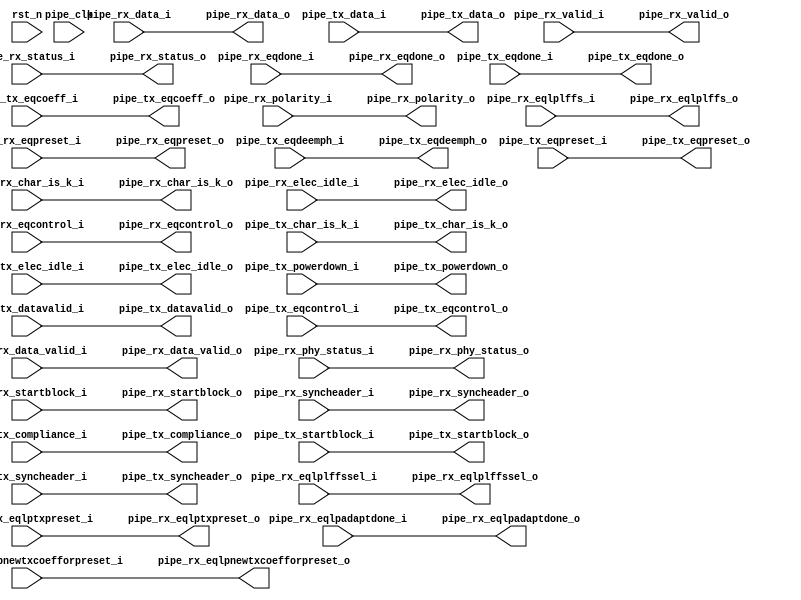
//-----------------------------------------------------------------------------
//
// (c) Copyright 2012-2012 Xilinx, Inc. All rights reserved.
//
// This file contains confidential and proprietary information
// of Xilinx, Inc. and is protected under U.S. and
// international copyright and other intellectual property
// laws.
//
// DISCLAIMER
// This disclaimer is not a license and does not grant any
// rights to the materials distributed herewith. Except as
// otherwise provided in a valid license issued to you by
// Xilinx, and to the maximum extent permitted by applicable
// law: (1) THESE MATERIALS ARE MADE AVAILABLE "AS IS" AND
// WITH ALL FAULTS, AND XILINX HEREBY DISCLAIMS ALL WARRANTIES
// AND CONDITIONS, EXPRESS, IMPLIED, OR STATUTORY, INCLUDING
// BUT NOT LIMITED TO WARRANTIES OF MERCHANTABILITY, NON-
// INFRINGEMENT, OR FITNESS FOR ANY PARTICULAR PURPOSE; and
// (2) Xilinx shall not be liable (whether in contract or tort,
// including negligence, or under any other theory of
// liability) for any loss or damage of any kind or nature
// related to, arising under or in connection with these
// materials, including for any direct, or any indirect,
// special, incidental, or consequential loss or damage
// (including loss of data, profits, goodwill, or any type of
// loss or damage suffered as a result of any action brought
// by a third party) even if such damage or loss was
// reasonably foreseeable or Xilinx had been advised of the
// possibility of the same.
//
// CRITICAL APPLICATIONS
// Xilinx products are not designed or intended to be fail-
// safe, or for use in any application requiring fail-safe
// performance, such as life-support or safety devices or
// systems, Class III medical devices, nuclear facilities,
// applications related to the deployment of airbags, or any
// other applications that could lead to death, personal
// injury, or severe property or environmental damage
// (individually and collectively, "Critical
// Applications"). Customer assumes the sole risk and
// liability of any use of Xilinx products in Critical
// Applications, subject only to applicable laws and
// regulations governing limitations on product liability.
//
// THIS COPYRIGHT NOTICE AND DISCLAIMER MUST BE RETAINED AS
// PART OF THIS FILE AT ALL TIMES.
//
//-----------------------------------------------------------------------------
//
// Project    : Ultrascale FPGA Gen3 Integrated Block for PCI Express
// Version    : 4.4 
//-----------------------------------------------------------------------------

/////////////////////////////////////////////////////////////////////////////

`timescale 1ps/1ps

(* DowngradeIPIdentifiedWarnings = "yes" *)
module pcie_us_x4_pipe_lane 
 #(
  parameter TCQ = 100,
  parameter PIPE_PIPELINE_STAGES = 0
  ) (
  output wire   [1:0] pipe_rx_char_is_k_o,
  output wire  [31:0] pipe_rx_data_o,
  output wire         pipe_rx_valid_o,
  output wire         pipe_rx_data_valid_o,
  output wire   [2:0] pipe_rx_status_o,
  output wire         pipe_rx_phy_status_o,
  output wire         pipe_rx_elec_idle_o,
  output wire         pipe_rx_eqdone_o,
  output wire         pipe_rx_eqlpadaptdone_o,
  output wire         pipe_rx_eqlplffssel_o,
  output wire  [17:0] pipe_rx_eqlpnewtxcoefforpreset_o,
  output wire         pipe_rx_startblock_o,
  output wire   [1:0] pipe_rx_syncheader_o,
  input  wire         pipe_rx_polarity_i,
  input  wire   [1:0] pipe_rx_eqcontrol_i,
  input  wire   [5:0] pipe_rx_eqlplffs_i,
  input  wire   [3:0] pipe_rx_eqlptxpreset_i,
  input  wire   [2:0] pipe_rx_eqpreset_i,
  output wire  [17:0] pipe_tx_eqcoeff_o,
  output wire         pipe_tx_eqdone_o,
  input  wire         pipe_tx_compliance_i,
  input  wire   [1:0] pipe_tx_char_is_k_i,
  input  wire  [31:0] pipe_tx_data_i,
  input  wire         pipe_tx_elec_idle_i,
  input  wire   [1:0] pipe_tx_powerdown_i,
  input  wire         pipe_tx_datavalid_i,
  input  wire         pipe_tx_startblock_i,
  input  wire   [1:0] pipe_tx_syncheader_i,
  input  wire   [1:0] pipe_tx_eqcontrol_i,
  input  wire   [5:0] pipe_tx_eqdeemph_i,
  input  wire   [3:0] pipe_tx_eqpreset_i,
  input  wire   [1:0] pipe_rx_char_is_k_i,
  input  wire  [31:0] pipe_rx_data_i,
  input  wire         pipe_rx_valid_i,
  input  wire         pipe_rx_data_valid_i,
  input  wire   [2:0] pipe_rx_status_i,
  input  wire         pipe_rx_phy_status_i,
  input  wire         pipe_rx_elec_idle_i,
  input  wire         pipe_rx_eqdone_i,
  input  wire         pipe_rx_eqlpadaptdone_i,
  input  wire         pipe_rx_eqlplffssel_i,
  input  wire  [17:0] pipe_rx_eqlpnewtxcoefforpreset_i,
  input  wire         pipe_rx_startblock_i,
  input  wire   [1:0] pipe_rx_syncheader_i,
  output wire         pipe_rx_polarity_o,
  output wire   [1:0] pipe_rx_eqcontrol_o,
  output wire   [5:0] pipe_rx_eqlplffs_o,
  output wire   [3:0] pipe_rx_eqlptxpreset_o,
  output wire   [2:0] pipe_rx_eqpreset_o,
  input  wire  [17:0] pipe_tx_eqcoeff_i,
  input  wire         pipe_tx_eqdone_i,
  output wire         pipe_tx_compliance_o,
  output wire   [1:0] pipe_tx_char_is_k_o,
  output wire  [31:0] pipe_tx_data_o,
  output wire         pipe_tx_elec_idle_o,
  output wire   [1:0] pipe_tx_powerdown_o,
  output wire         pipe_tx_datavalid_o,
  output wire         pipe_tx_startblock_o,
  output wire   [1:0] pipe_tx_syncheader_o,
  output wire   [1:0] pipe_tx_eqcontrol_o,
  output wire   [5:0] pipe_tx_eqdeemph_o,
  output wire   [3:0] pipe_tx_eqpreset_o,
  input  wire         pipe_clk,
  input  wire         rst_n
  );

  reg           [1:0] pipe_rx_char_is_k_q;
  reg          [31:0] pipe_rx_data_q;
  reg                 pipe_rx_valid_q;
  reg                 pipe_rx_data_valid_q;
  reg           [2:0] pipe_rx_status_q;
  reg                 pipe_rx_phy_status_q;
  reg                 pipe_rx_elec_idle_q;
  reg                 pipe_rx_eqdone_q;
  reg                 pipe_rx_eqlpadaptdone_q;
  reg                 pipe_rx_eqlplffssel_q;
  reg          [17:0] pipe_rx_eqlpnewtxcoefforpreset_q;
  reg                 pipe_rx_startblock_q;
  reg           [1:0] pipe_rx_syncheader_q;
  reg                 pipe_rx_polarity_q;
  reg           [1:0] pipe_rx_eqcontrol_q;
  reg           [5:0] pipe_rx_eqlplffs_q;
  reg           [3:0] pipe_rx_eqlptxpreset_q;
  reg           [2:0] pipe_rx_eqpreset_q;
  reg          [17:0] pipe_tx_eqcoeff_q;
  reg                 pipe_tx_eqdone_q;
  reg                 pipe_tx_compliance_q;
  reg           [1:0] pipe_tx_char_is_k_q;
  reg          [31:0] pipe_tx_data_q;
  reg                 pipe_tx_elec_idle_q;
  reg           [1:0] pipe_tx_powerdown_q;
  reg                 pipe_tx_datavalid_q;
  reg                 pipe_tx_startblock_q;
  reg           [1:0] pipe_tx_syncheader_q;
  reg           [1:0] pipe_tx_eqcontrol_q;
  reg           [5:0] pipe_tx_eqdeemph_q;
  reg           [3:0] pipe_tx_eqpreset_q;
  reg           [1:0] pipe_rx_char_is_k_qq;
  reg          [31:0] pipe_rx_data_qq;
  reg                 pipe_rx_valid_qq;
  reg                 pipe_rx_data_valid_qq;
  reg           [2:0] pipe_rx_status_qq;
  reg                 pipe_rx_phy_status_qq;
  reg                 pipe_rx_elec_idle_qq;
  reg                 pipe_rx_eqdone_qq;
  reg                 pipe_rx_eqlpadaptdone_qq;
  reg                 pipe_rx_eqlplffssel_qq;
  reg          [17:0] pipe_rx_eqlpnewtxcoefforpreset_qq;
  reg                 pipe_rx_startblock_qq;
  reg           [1:0] pipe_rx_syncheader_qq;
  reg                 pipe_rx_polarity_qq;
  reg           [1:0] pipe_rx_eqcontrol_qq;
  reg           [5:0] pipe_rx_eqlplffs_qq;
  reg           [3:0] pipe_rx_eqlptxpreset_qq;
  reg           [2:0] pipe_rx_eqpreset_qq;
  reg          [17:0] pipe_tx_eqcoeff_qq;
  reg                 pipe_tx_eqdone_qq;
  reg                 pipe_tx_compliance_qq;
  reg           [1:0] pipe_tx_char_is_k_qq;
  reg          [31:0] pipe_tx_data_qq;
  reg                 pipe_tx_elec_idle_qq;
  reg           [1:0] pipe_tx_powerdown_qq;
  reg                 pipe_tx_datavalid_qq;
  reg                 pipe_tx_startblock_qq;
  reg           [1:0] pipe_tx_syncheader_qq;
  reg           [1:0] pipe_tx_eqcontrol_qq;
  reg           [5:0] pipe_tx_eqdeemph_qq;
  reg           [3:0] pipe_tx_eqpreset_qq;

  generate
    if (PIPE_PIPELINE_STAGES == 0)
    begin : pipe_stages_0
      assign pipe_rx_char_is_k_o = pipe_rx_char_is_k_i;
      assign pipe_rx_data_o = pipe_rx_data_i;
      assign pipe_rx_valid_o = pipe_rx_valid_i;
      assign pipe_rx_data_valid_o = pipe_rx_data_valid_i;
      assign pipe_rx_status_o = pipe_rx_status_i;
      assign pipe_rx_phy_status_o = pipe_rx_phy_status_i;
      assign pipe_rx_elec_idle_o = pipe_rx_elec_idle_i;
      assign pipe_rx_eqdone_o = pipe_rx_eqdone_i;
      assign pipe_rx_eqlpadaptdone_o = pipe_rx_eqlpadaptdone_i;
      assign pipe_rx_eqlplffssel_o = pipe_rx_eqlplffssel_i;
      assign pipe_rx_eqlpnewtxcoefforpreset_o = pipe_rx_eqlpnewtxcoefforpreset_i;
      assign pipe_rx_startblock_o = pipe_rx_startblock_i;
      assign pipe_rx_syncheader_o = pipe_rx_syncheader_i;
      assign pipe_rx_polarity_o = pipe_rx_polarity_i;
      assign pipe_rx_eqcontrol_o = pipe_rx_eqcontrol_i;
      assign pipe_rx_eqlplffs_o = pipe_rx_eqlplffs_i;
      assign pipe_rx_eqlptxpreset_o = pipe_rx_eqlptxpreset_i;
      assign pipe_rx_eqpreset_o = pipe_rx_eqpreset_i;
      assign pipe_tx_eqcoeff_o = pipe_tx_eqcoeff_i;
      assign pipe_tx_eqdone_o = pipe_tx_eqdone_i;
      assign pipe_tx_compliance_o = pipe_tx_compliance_i;
      assign pipe_tx_char_is_k_o = pipe_tx_char_is_k_i;
      assign pipe_tx_data_o = pipe_tx_data_i;
      assign pipe_tx_elec_idle_o = pipe_tx_elec_idle_i;
      assign pipe_tx_powerdown_o = pipe_tx_powerdown_i;
      assign pipe_tx_datavalid_o = pipe_tx_datavalid_i;
      assign pipe_tx_startblock_o = pipe_tx_startblock_i;
      assign pipe_tx_syncheader_o = pipe_tx_syncheader_i;
      assign pipe_tx_eqcontrol_o = pipe_tx_eqcontrol_i;
      assign pipe_tx_eqdeemph_o = pipe_tx_eqdeemph_i;
      assign pipe_tx_eqpreset_o = pipe_tx_eqpreset_i;
    end
    else if (PIPE_PIPELINE_STAGES == 1)
    begin : pipe_stages_1
      always @(posedge pipe_clk)
      begin
        if (!rst_n)
        begin
          pipe_rx_char_is_k_q <= #TCQ 2'b00;
          pipe_rx_data_q <= #TCQ 32'h00000000;
          pipe_rx_valid_q <= #TCQ 1'b0;
          pipe_rx_data_valid_q <= #TCQ 1'b0;
          pipe_rx_status_q <= #TCQ 2'b00;
          pipe_rx_phy_status_q <= #TCQ 1'b0;
          pipe_rx_elec_idle_q <= #TCQ 1'b1;
          pipe_rx_eqdone_q <= #TCQ 1'b0;
          pipe_rx_eqlpadaptdone_q <= #TCQ 1'b0;
          pipe_rx_eqlplffssel_q <= #TCQ 1'b0;
          pipe_rx_eqlpnewtxcoefforpreset_q <= #TCQ 17'b00000000000000000;
          pipe_rx_startblock_q <= #TCQ 1'b0;
          pipe_rx_syncheader_q <= #TCQ 2'b00;
          pipe_rx_polarity_q <= #TCQ 17'b00000000000000000;
          pipe_rx_eqcontrol_q <= #TCQ 1'b0;
          pipe_rx_eqlplffs_q <= #TCQ 1'b0;
          pipe_rx_eqlptxpreset_q <= #TCQ 2'b00;
          pipe_rx_eqpreset_q <= #TCQ 6'b000000;
          pipe_tx_eqcoeff_q <= #TCQ 4'h0;
          pipe_tx_eqdone_q <= #TCQ 3'b000;
          pipe_tx_compliance_q <= #TCQ 1'b0;
          pipe_tx_char_is_k_q <= #TCQ 2'b00;
          pipe_tx_data_q <= #TCQ 32'h00000000;
          pipe_tx_elec_idle_q <= #TCQ 1'b1;
          pipe_tx_powerdown_q <= #TCQ 2'b00;
          pipe_tx_datavalid_q <= #TCQ 1'b0;
          pipe_tx_startblock_q <= #TCQ 1'b0;
          pipe_tx_syncheader_q <= #TCQ 2'b00;
          pipe_tx_eqcontrol_q <= #TCQ 2'b00;
          pipe_tx_eqdeemph_q <= #TCQ 6'b000000;
          pipe_tx_eqpreset_q <= #TCQ 4'h0;
        end
        else
        begin
          pipe_rx_char_is_k_q <= #TCQ pipe_rx_char_is_k_i;
          pipe_rx_data_q <= #TCQ pipe_rx_data_i;
          pipe_rx_valid_q <= #TCQ pipe_rx_valid_i;
          pipe_rx_data_valid_q <= #TCQ pipe_rx_data_valid_i;
          pipe_rx_status_q <= #TCQ pipe_rx_status_i;
          pipe_rx_phy_status_q <= #TCQ pipe_rx_phy_status_i;
          pipe_rx_elec_idle_q <= #TCQ pipe_rx_elec_idle_i;
          pipe_rx_eqdone_q <= #TCQ pipe_rx_eqdone_i;
          pipe_rx_eqlpadaptdone_q <= #TCQ pipe_rx_eqlpadaptdone_i;
          pipe_rx_eqlplffssel_q <= #TCQ pipe_rx_eqlplffssel_i;
          pipe_rx_eqlpnewtxcoefforpreset_q <= #TCQ pipe_rx_eqlpnewtxcoefforpreset_i;
          pipe_rx_startblock_q <= #TCQ pipe_rx_startblock_i;
          pipe_rx_syncheader_q <= #TCQ pipe_rx_syncheader_i;
          pipe_rx_polarity_q <= #TCQ pipe_rx_polarity_i;
          pipe_rx_eqcontrol_q <= #TCQ pipe_rx_eqcontrol_i;
          pipe_rx_eqlplffs_q <= #TCQ pipe_rx_eqlplffs_i;
          pipe_rx_eqlptxpreset_q <= #TCQ pipe_rx_eqlptxpreset_i;
          pipe_rx_eqpreset_q <= #TCQ pipe_rx_eqpreset_i;
          pipe_tx_eqcoeff_q <= #TCQ pipe_tx_eqcoeff_i;
          pipe_tx_eqdone_q <= #TCQ pipe_tx_eqdone_i;
          pipe_tx_compliance_q <= #TCQ pipe_tx_compliance_i;
          pipe_tx_char_is_k_q <= #TCQ pipe_tx_char_is_k_i;
          pipe_tx_data_q <= #TCQ pipe_tx_data_i;
          pipe_tx_elec_idle_q <= #TCQ pipe_tx_elec_idle_i;
          pipe_tx_powerdown_q <= #TCQ pipe_tx_powerdown_i;
          pipe_tx_datavalid_q <= #TCQ pipe_tx_datavalid_i;
          pipe_tx_startblock_q <= #TCQ pipe_tx_startblock_i;
          pipe_tx_syncheader_q <= #TCQ pipe_tx_syncheader_i;
          pipe_tx_eqcontrol_q <= #TCQ pipe_tx_eqcontrol_i;
          pipe_tx_eqdeemph_q <= #TCQ pipe_tx_eqdeemph_i;
          pipe_tx_eqpreset_q <= #TCQ pipe_tx_eqpreset_i;
        end
      end
      assign pipe_rx_char_is_k_o = pipe_rx_char_is_k_q;
      assign pipe_rx_data_o = pipe_rx_data_q;
      assign pipe_rx_valid_o = pipe_rx_valid_q;
      assign pipe_rx_data_valid_o = pipe_rx_data_valid_q;
      assign pipe_rx_status_o = pipe_rx_status_q;
      assign pipe_rx_phy_status_o = pipe_rx_phy_status_q;
      assign pipe_rx_elec_idle_o = pipe_rx_elec_idle_q;
      assign pipe_rx_eqdone_o = pipe_rx_eqdone_q;
      assign pipe_rx_eqlpadaptdone_o = pipe_rx_eqlpadaptdone_q;
      assign pipe_rx_eqlplffssel_o = pipe_rx_eqlplffssel_q;
      assign pipe_rx_eqlpnewtxcoefforpreset_o = pipe_rx_eqlpnewtxcoefforpreset_q;
      assign pipe_rx_startblock_o = pipe_rx_startblock_q;
      assign pipe_rx_syncheader_o = pipe_rx_syncheader_q;
      assign pipe_rx_polarity_o = pipe_rx_polarity_q;
      assign pipe_rx_eqcontrol_o = pipe_rx_eqcontrol_q;
      assign pipe_rx_eqlplffs_o = pipe_rx_eqlplffs_q;
      assign pipe_rx_eqlptxpreset_o = pipe_rx_eqlptxpreset_q;
      assign pipe_rx_eqpreset_o = pipe_rx_eqpreset_q;
      assign pipe_tx_eqcoeff_o = pipe_tx_eqcoeff_q;
      assign pipe_tx_eqdone_o = pipe_tx_eqdone_q;
      assign pipe_tx_compliance_o = pipe_tx_compliance_q;
      assign pipe_tx_char_is_k_o = pipe_tx_char_is_k_q;
      assign pipe_tx_data_o = pipe_tx_data_q;
      assign pipe_tx_elec_idle_o = pipe_tx_elec_idle_q;
      assign pipe_tx_powerdown_o = pipe_tx_powerdown_q;
      assign pipe_tx_datavalid_o = pipe_tx_datavalid_q;
      assign pipe_tx_startblock_o = pipe_tx_startblock_q;
      assign pipe_tx_syncheader_o = pipe_tx_syncheader_q;
      assign pipe_tx_eqcontrol_o = pipe_tx_eqcontrol_q;
      assign pipe_tx_eqdeemph_o = pipe_tx_eqdeemph_q;
      assign pipe_tx_eqpreset_o = pipe_tx_eqpreset_q;
    end
    else if (PIPE_PIPELINE_STAGES == 2)
    begin : pipe_stages_2
      always @(posedge pipe_clk)
      begin
        if (!rst_n)
        begin
          pipe_rx_char_is_k_q <= #TCQ 2'b00;
          pipe_rx_data_q <= #TCQ 32'h00000000;
          pipe_rx_valid_q <= #TCQ 1'b0;
          pipe_rx_data_valid_q <= #TCQ 1'b0;
          pipe_rx_status_q <= #TCQ 2'b00;
          pipe_rx_phy_status_q <= #TCQ 1'b0;
          pipe_rx_elec_idle_q <= #TCQ 1'b1;
          pipe_rx_eqdone_q <= #TCQ 1'b0;
          pipe_rx_eqlpadaptdone_q <= #TCQ 1'b0;
          pipe_rx_eqlplffssel_q <= #TCQ 1'b0;
          pipe_rx_eqlpnewtxcoefforpreset_q <= #TCQ 17'b00000000000000000;
          pipe_rx_startblock_q <= #TCQ 1'b0;
          pipe_rx_syncheader_q <= #TCQ 2'b00;
          pipe_rx_polarity_q <= #TCQ 17'b00000000000000000;
          pipe_rx_eqcontrol_q <= #TCQ 1'b0;
          pipe_rx_eqlplffs_q <= #TCQ 1'b0;
          pipe_rx_eqlptxpreset_q <= #TCQ 2'b00;
          pipe_rx_eqpreset_q <= #TCQ 6'b000000;
          pipe_tx_eqcoeff_q <= #TCQ 4'h0;
          pipe_tx_eqdone_q <= #TCQ 3'b000;
          pipe_tx_compliance_q <= #TCQ 1'b0;
          pipe_tx_char_is_k_q <= #TCQ 2'b00;
          pipe_tx_data_q <= #TCQ 32'h00000000;
          pipe_tx_elec_idle_q <= #TCQ 1'b1;
          pipe_tx_powerdown_q <= #TCQ 2'b00;
          pipe_tx_datavalid_q <= #TCQ 1'b0;
          pipe_tx_startblock_q <= #TCQ 1'b0;
          pipe_tx_syncheader_q <= #TCQ 2'b00;
          pipe_tx_eqcontrol_q <= #TCQ 2'b00;
          pipe_tx_eqdeemph_q <= #TCQ 6'b000000;
          pipe_tx_eqpreset_q <= #TCQ 4'h0;
          pipe_rx_char_is_k_qq <= #TCQ 2'b00;
          pipe_rx_data_qq <= #TCQ 32'h00000000;
          pipe_rx_valid_qq <= #TCQ 1'b0;
          pipe_rx_data_valid_qq <= #TCQ 1'b0;
          pipe_rx_status_qq <= #TCQ 2'b00;
          pipe_rx_phy_status_qq <= #TCQ 1'b0;
          pipe_rx_elec_idle_qq <= #TCQ 1'b1;
          pipe_rx_eqdone_qq <= #TCQ 1'b0;
          pipe_rx_eqlpadaptdone_qq <= #TCQ 1'b0;
          pipe_rx_eqlplffssel_qq <= #TCQ 1'b0;
          pipe_rx_eqlpnewtxcoefforpreset_qq <= #TCQ 17'b00000000000000000;
          pipe_rx_startblock_qq <= #TCQ 1'b0;
          pipe_rx_syncheader_qq <= #TCQ 2'b00;
          pipe_rx_polarity_qq <= #TCQ 17'b00000000000000000;
          pipe_rx_eqcontrol_qq <= #TCQ 1'b0;
          pipe_rx_eqlplffs_qq <= #TCQ 1'b0;
          pipe_rx_eqlptxpreset_qq <= #TCQ 2'b00;
          pipe_rx_eqpreset_qq <= #TCQ 6'b000000;
          pipe_tx_eqcoeff_qq <= #TCQ 4'h0;
          pipe_tx_eqdone_qq <= #TCQ 3'b000;
          pipe_tx_compliance_qq <= #TCQ 1'b0;
          pipe_tx_char_is_k_qq <= #TCQ 2'b00;
          pipe_tx_data_qq <= #TCQ 32'h00000000;
          pipe_tx_elec_idle_qq <= #TCQ 1'b1;
          pipe_tx_powerdown_qq <= #TCQ 2'b00;
          pipe_tx_datavalid_qq <= #TCQ 1'b0;
          pipe_tx_startblock_qq <= #TCQ 1'b0;
          pipe_tx_syncheader_qq <= #TCQ 2'b00;
          pipe_tx_eqcontrol_qq <= #TCQ 2'b00;
          pipe_tx_eqdeemph_qq <= #TCQ 6'b000000;
          pipe_tx_eqpreset_qq <= #TCQ 4'h0;
        end
        else
        begin
          pipe_rx_char_is_k_q <= #TCQ pipe_rx_char_is_k_i;
          pipe_rx_data_q <= #TCQ pipe_rx_data_i;
          pipe_rx_valid_q <= #TCQ pipe_rx_valid_i;
          pipe_rx_data_valid_q <= #TCQ pipe_rx_data_valid_i;
          pipe_rx_status_q <= #TCQ pipe_rx_status_i;
          pipe_rx_phy_status_q <= #TCQ pipe_rx_phy_status_i;
          pipe_rx_elec_idle_q <= #TCQ pipe_rx_elec_idle_i;
          pipe_rx_eqdone_q <= #TCQ pipe_rx_eqdone_i;
          pipe_rx_eqlpadaptdone_q <= #TCQ pipe_rx_eqlpadaptdone_i;
          pipe_rx_eqlplffssel_q <= #TCQ pipe_rx_eqlplffssel_i;
          pipe_rx_eqlpnewtxcoefforpreset_q <= #TCQ pipe_rx_eqlpnewtxcoefforpreset_i;
          pipe_rx_startblock_q <= #TCQ pipe_rx_startblock_i;
          pipe_rx_syncheader_q <= #TCQ pipe_rx_syncheader_i;
          pipe_rx_polarity_q <= #TCQ pipe_rx_polarity_i;
          pipe_rx_eqcontrol_q <= #TCQ pipe_rx_eqcontrol_i;
          pipe_rx_eqlplffs_q <= #TCQ pipe_rx_eqlplffs_i;
          pipe_rx_eqlptxpreset_q <= #TCQ pipe_rx_eqlptxpreset_i;
          pipe_rx_eqpreset_q <= #TCQ pipe_rx_eqpreset_i;
          pipe_tx_eqcoeff_q <= #TCQ pipe_tx_eqcoeff_i;
          pipe_tx_eqdone_q <= #TCQ pipe_tx_eqdone_i;
          pipe_tx_compliance_q <= #TCQ pipe_tx_compliance_i;
          pipe_tx_char_is_k_q <= #TCQ pipe_tx_char_is_k_i;
          pipe_tx_data_q <= #TCQ pipe_tx_data_i;
          pipe_tx_elec_idle_q <= #TCQ pipe_tx_elec_idle_i;
          pipe_tx_powerdown_q <= #TCQ pipe_tx_powerdown_i;
          pipe_tx_datavalid_q <= #TCQ pipe_tx_datavalid_i;
          pipe_tx_startblock_q <= #TCQ pipe_tx_startblock_i;
          pipe_tx_syncheader_q <= #TCQ pipe_tx_syncheader_i;
          pipe_tx_eqcontrol_q <= #TCQ pipe_tx_eqcontrol_i;
          pipe_tx_eqdeemph_q <= #TCQ pipe_tx_eqdeemph_i;
          pipe_tx_eqpreset_q <= #TCQ pipe_tx_eqpreset_i;
          pipe_rx_char_is_k_qq <= #TCQ pipe_rx_char_is_k_q;
          pipe_rx_data_qq <= #TCQ pipe_rx_data_q;
          pipe_rx_valid_qq <= #TCQ pipe_rx_valid_q;
          pipe_rx_data_valid_qq <= #TCQ pipe_rx_data_valid_q;
          pipe_rx_status_qq <= #TCQ pipe_rx_status_q;
          pipe_rx_phy_status_qq <= #TCQ pipe_rx_phy_status_q;
          pipe_rx_elec_idle_qq <= #TCQ pipe_rx_elec_idle_q;
          pipe_rx_eqdone_qq <= #TCQ pipe_rx_eqdone_q;
          pipe_rx_eqlpadaptdone_qq <= #TCQ pipe_rx_eqlpadaptdone_q;
          pipe_rx_eqlplffssel_qq <= #TCQ pipe_rx_eqlplffssel_q;
          pipe_rx_eqlpnewtxcoefforpreset_qq <= #TCQ pipe_rx_eqlpnewtxcoefforpreset_q;
          pipe_rx_startblock_qq <= #TCQ pipe_rx_startblock_q;
          pipe_rx_syncheader_qq <= #TCQ pipe_rx_syncheader_q;
          pipe_rx_polarity_qq <= #TCQ pipe_rx_polarity_q;
          pipe_rx_eqcontrol_qq <= #TCQ pipe_rx_eqcontrol_q;
          pipe_rx_eqlplffs_qq <= #TCQ pipe_rx_eqlplffs_q;
          pipe_rx_eqlptxpreset_qq <= #TCQ pipe_rx_eqlptxpreset_q;
          pipe_rx_eqpreset_qq <= #TCQ pipe_rx_eqpreset_q;
          pipe_tx_eqcoeff_qq <= #TCQ pipe_tx_eqcoeff_q;
          pipe_tx_eqdone_qq <= #TCQ pipe_tx_eqdone_q;
          pipe_tx_compliance_qq <= #TCQ pipe_tx_compliance_q;
          pipe_tx_char_is_k_qq <= #TCQ pipe_tx_char_is_k_q;
          pipe_tx_data_qq <= #TCQ pipe_tx_data_q;
          pipe_tx_elec_idle_qq <= #TCQ pipe_tx_elec_idle_q;
          pipe_tx_powerdown_qq <= #TCQ pipe_tx_powerdown_q;
          pipe_tx_datavalid_qq <= #TCQ pipe_tx_datavalid_q;
          pipe_tx_startblock_qq <= #TCQ pipe_tx_startblock_q;
          pipe_tx_syncheader_qq <= #TCQ pipe_tx_syncheader_q;
          pipe_tx_eqcontrol_qq <= #TCQ pipe_tx_eqcontrol_q;
          pipe_tx_eqdeemph_qq <= #TCQ pipe_tx_eqdeemph_q;
          pipe_tx_eqpreset_qq <= #TCQ pipe_tx_eqpreset_q;
        end
      end
      assign pipe_rx_char_is_k_o = pipe_rx_char_is_k_qq;
      assign pipe_rx_data_o = pipe_rx_data_qq;
      assign pipe_rx_valid_o = pipe_rx_valid_qq;
      assign pipe_rx_data_valid_o = pipe_rx_data_valid_qq;
      assign pipe_rx_status_o = pipe_rx_status_qq;
      assign pipe_rx_phy_status_o = pipe_rx_phy_status_qq;
      assign pipe_rx_elec_idle_o = pipe_rx_elec_idle_qq;
      assign pipe_rx_eqdone_o = pipe_rx_eqdone_qq;
      assign pipe_rx_eqlpadaptdone_o = pipe_rx_eqlpadaptdone_qq;
      assign pipe_rx_eqlplffssel_o = pipe_rx_eqlplffssel_qq;
      assign pipe_rx_eqlpnewtxcoefforpreset_o = pipe_rx_eqlpnewtxcoefforpreset_qq;
      assign pipe_rx_startblock_o = pipe_rx_startblock_qq;
      assign pipe_rx_syncheader_o = pipe_rx_syncheader_qq;
      assign pipe_rx_polarity_o = pipe_rx_polarity_qq;
      assign pipe_rx_eqcontrol_o = pipe_rx_eqcontrol_qq;
      assign pipe_rx_eqlplffs_o = pipe_rx_eqlplffs_qq;
      assign pipe_rx_eqlptxpreset_o = pipe_rx_eqlptxpreset_qq;
      assign pipe_rx_eqpreset_o = pipe_rx_eqpreset_qq;
      assign pipe_tx_eqcoeff_o = pipe_tx_eqcoeff_qq;
      assign pipe_tx_eqdone_o = pipe_tx_eqdone_qq;
      assign pipe_tx_compliance_o = pipe_tx_compliance_qq;
      assign pipe_tx_char_is_k_o = pipe_tx_char_is_k_qq;
      assign pipe_tx_data_o = pipe_tx_data_qq;
      assign pipe_tx_elec_idle_o = pipe_tx_elec_idle_qq;
      assign pipe_tx_powerdown_o = pipe_tx_powerdown_qq;
      assign pipe_tx_datavalid_o = pipe_tx_datavalid_qq;
      assign pipe_tx_startblock_o = pipe_tx_startblock_qq;
      assign pipe_tx_syncheader_o = pipe_tx_syncheader_qq;
      assign pipe_tx_eqcontrol_o = pipe_tx_eqcontrol_qq;
      assign pipe_tx_eqdeemph_o = pipe_tx_eqdeemph_qq;
      assign pipe_tx_eqpreset_o = pipe_tx_eqpreset_qq;
    end
    else
    begin
      assign pipe_rx_char_is_k_o = pipe_rx_char_is_k_i;
      assign pipe_rx_data_o = pipe_rx_data_i;
      assign pipe_rx_valid_o = pipe_rx_valid_i;
      assign pipe_rx_data_valid_o = pipe_rx_data_valid_i;
      assign pipe_rx_status_o = pipe_rx_status_i;
      assign pipe_rx_phy_status_o = pipe_rx_phy_status_i;
      assign pipe_rx_elec_idle_o = pipe_rx_elec_idle_i;
      assign pipe_rx_eqdone_o = pipe_rx_eqdone_i;
      assign pipe_rx_eqlpadaptdone_o = pipe_rx_eqlpadaptdone_i;
      assign pipe_rx_eqlplffssel_o = pipe_rx_eqlplffssel_i;
      assign pipe_rx_eqlpnewtxcoefforpreset_o = pipe_rx_eqlpnewtxcoefforpreset_i;
      assign pipe_rx_startblock_o = pipe_rx_startblock_i;
      assign pipe_rx_syncheader_o = pipe_rx_syncheader_i;
      assign pipe_rx_polarity_o = pipe_rx_polarity_i;
      assign pipe_rx_eqcontrol_o = pipe_rx_eqcontrol_i;
      assign pipe_rx_eqlplffs_o = pipe_rx_eqlplffs_i;
      assign pipe_rx_eqlptxpreset_o = pipe_rx_eqlptxpreset_i;
      assign pipe_rx_eqpreset_o = pipe_rx_eqpreset_i;
      assign pipe_tx_eqcoeff_o = pipe_tx_eqcoeff_i;
      assign pipe_tx_eqdone_o = pipe_tx_eqdone_i;
      assign pipe_tx_compliance_o = pipe_tx_compliance_i;
      assign pipe_tx_char_is_k_o = pipe_tx_char_is_k_i;
      assign pipe_tx_data_o = pipe_tx_data_i;
      assign pipe_tx_elec_idle_o = pipe_tx_elec_idle_i;
      assign pipe_tx_powerdown_o = pipe_tx_powerdown_i;
      assign pipe_tx_datavalid_o = pipe_tx_datavalid_i;
      assign pipe_tx_startblock_o = pipe_tx_startblock_i;
      assign pipe_tx_syncheader_o = pipe_tx_syncheader_i;
      assign pipe_tx_eqcontrol_o = pipe_tx_eqcontrol_i;
      assign pipe_tx_eqdeemph_o = pipe_tx_eqdeemph_i;
      assign pipe_tx_eqpreset_o = pipe_tx_eqpreset_i;
    end
  endgenerate

endmodule